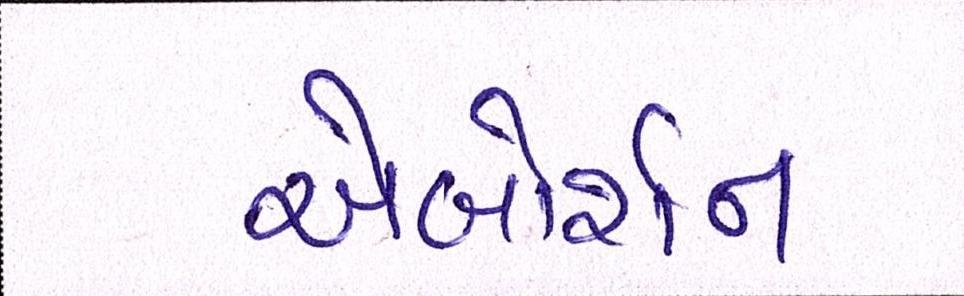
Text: એબોર્શન